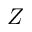
Z